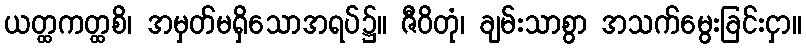
ယတ္ထကတ္ထစိ၊ အမှတ်မရှိသောအရပ်၌။ ဇီဝိတုံ၊ ချမ်းသာစွာ အသက်မွေးခြင်းငှာ။